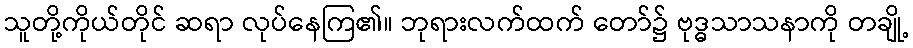
သူတို့ကိုယ်တိုင် ဆရာ လုပ်နေကြ၏။ ဘုရားလက်ထက် တော်၌ ဗုဒ္ဓသာသနာကို တချို့